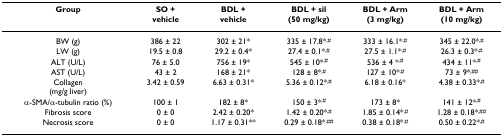
<table><thead><tr><td><b>Group</b></td><td><b>SO +</b></td><td><b>BDL +</b></td><td><b>BDL + sil</b></td><td><b>BDL + Arm</b></td><td><b>BDL + Arm</b></td></tr><tr><td></td><td><b>vehicle</b></td><td><b>vehicle</b></td><td><b>(50 mg/kg)</b></td><td><b>(3 mg/kg)</b></td><td><b>(10 mg/kg)</b></td></tr></thead><tbody><tr><td>BW (g)</td><td>386 ± 22</td><td>302 ± 21*</td><td>335 ± 17.8*<sup>,#</sup></td><td>333 ± 16.1*<sup>,#</sup></td><td>345 ± 22.0*<sup>,#</sup></td></tr><tr><td>LW (g)</td><td>19.5 ± 0.8</td><td>29.2 ± 0.4*</td><td>27.4 ± 0.1*<sup>,#</sup></td><td>27.5 ± 1.1*<sup>,#</sup></td><td>26.3 ± 0.3*<sup>,#</sup></td></tr><tr><td>ALT (U/L)</td><td>76 ± 5.0</td><td>756 ± 19*</td><td>545 ± 10*<sup>,#</sup></td><td>536 ± 4 *<sup>,#</sup></td><td>434 ± 11*<sup>,#</sup></td></tr><tr><td>AST (U/L)</td><td>43 ± 2</td><td>168 ± 21*</td><td>128 ± 8*<sup>,#</sup></td><td>127 ± 10*<sup>,#</sup></td><td>73 ± 9*<sup>,##</sup></td></tr><tr><td>Collagen(mg/g liver)</td><td>3.42 ± 0.59</td><td>6.63 ± 0.31*</td><td>5.36 ± 0.12*<sup>,#</sup></td><td>6.18 ± 0.16*</td><td>4.38 ± 0.33*<sup>,#</sup></td></tr><tr><td>α-SMA/α-tubulin ratio (%)</td><td>100 ± 1</td><td>182 ± 8*</td><td>150 ± 3*<sup>,#</sup></td><td>173 ± 8*</td><td>141 ± 12*<sup>,#</sup></td></tr><tr><td>Fibrosis score</td><td>0 ± 0</td><td>2.42 ± 0.20*</td><td>1.42 ± 0.20*<sup>,#</sup></td><td>1.85 ± 0.14*<sup>,#</sup></td><td>1.28 ± 0.18*<sup>,##</sup></td></tr><tr><td>Necrosis score</td><td>0 ± 0</td><td>1.17 ± 0.31**</td><td>0.29 ± 0.18*<sup>,##</sup></td><td>0.38 ± 0.18*<sup>,#</sup></td><td>0.50 ± 0.22*<sup>,#</sup></td></tr></tbody></table>